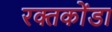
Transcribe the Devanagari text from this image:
रक्तकोंडा